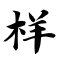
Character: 样